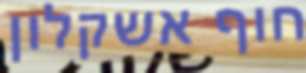
חוף אשקלון